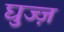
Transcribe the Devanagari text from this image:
घुज्ज़